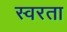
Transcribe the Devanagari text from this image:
स्वरता